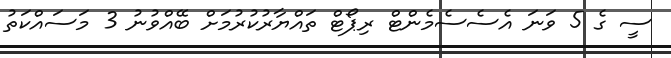
ސީ ގެ 5 ވަނަ އެސެސެމެންޓް ރިޕޯޓް ތައްޔާރުކުރުމަށް ބޭއްވުނު 3 މަސައްކަތު